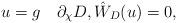
LaTeX: \begin{align*}u=g\quad\partial_{\chi}D,\hat W_D(u)=0,\end{align*}